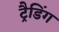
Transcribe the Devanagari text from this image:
ट्रैडिंग